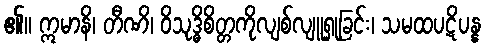
၏။ ဣမာနိ၊ တီဏိ၊ ဝိသုဒ္ဓိစိတ္တကိုလျစ်လျူရှုခြင်း၊ သမထပဋိပန္န